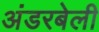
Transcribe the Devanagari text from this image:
अंडरबेली